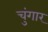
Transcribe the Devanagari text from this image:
चुंगार